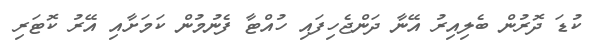
ކުޑަ ދޮރުން ބެލިއިރު އޭނާ ދަންޖެހިފައި ހުއްޓާ ފެނުމުން ކަމަށާއި އޭރު ކޮޓަރި